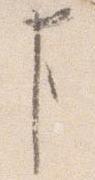
事